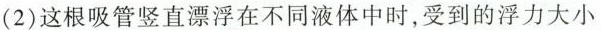
(2) 这根吸管竖直漂浮在不同液体中时，受到的浮力大小